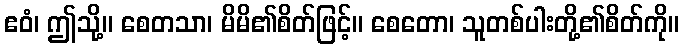
ဧဝံ၊ ဤသို့။ စေတသာ၊ မိမိ၏စိတ်ဖြင့်။ စေတော၊ သူတစ်ပါးတို့၏စိတ်ကို။